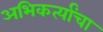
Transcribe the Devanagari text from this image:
अभिकर्त्यांचा